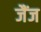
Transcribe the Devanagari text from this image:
जैंज